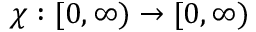
\chi : [ 0 , \infty ) \rightarrow [ 0 , \infty )